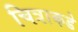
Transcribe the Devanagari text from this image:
चित्राकडे